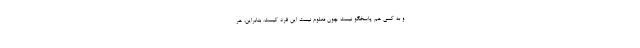
و به کسی هم پاسخگو نیست چون معلوم نیست این فرد کیست. بنابراین، هر